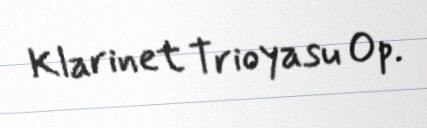
Klarinet Trioyasu Op.